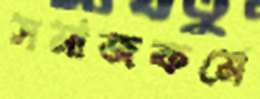
সমাজকর্মে